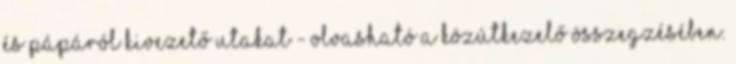
és Pápáról kivezető utakat - olvasható a közútkezelő összegzésében.